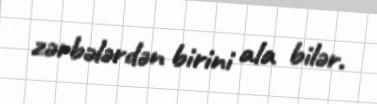
zərbələrdən birini ala bilər.